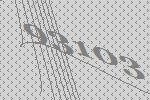
93103